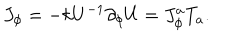
J _ { \phi } = - k U ^ { - 1 } \partial _ { \phi } U = J _ { \phi } ^ { a } T _ { a } .